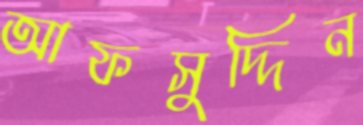
আফসুদ্দিন